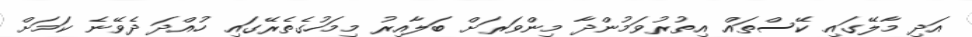
އަދި މާލޭގައި ކޭސްތައް އިތުރުވަމުންދާ މިންވަރަށް ބަލާއިރު މިމަހުގެތެރޭގައި ހުއްދަ ދެވޭނެ ކަމަށް